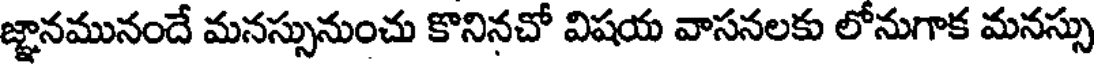
జ్ఞానమునందే మనస్సునుంచు కొనినచో విషయ వాసనలకు లోనుగాక మనస్సు